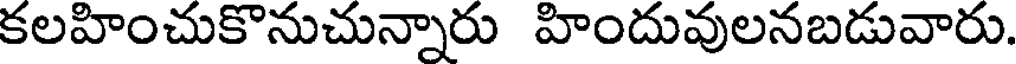
కలహించుకొనుచున్నారు హిందువులనబడువారు.